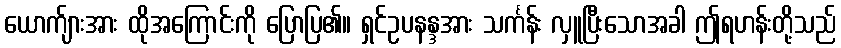
ယောက်ျားအား ထိုအကြောင်းကို ပြောပြ၏။ ရှင်ဥပနန္ဒအား သင်္ကန်း လှူပြီးသောအခါ ဤရဟန်းတို့သည်